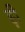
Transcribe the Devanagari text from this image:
ह़ी